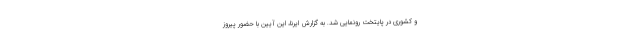
و کشوری در پایتخت رونمایی شد. به گزارش ایرنا، این آیین با حضور پیروز